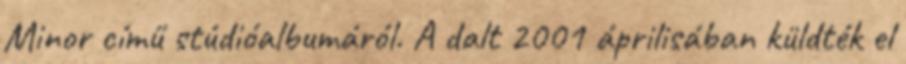
Minor című stúdióalbumáról. A dalt 2001 áprilisában küldték el